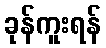
ခုန်ကူးရန်